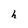
Character: h